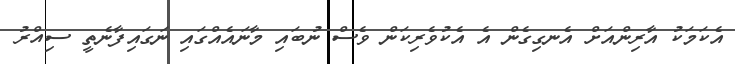
އެކަމަކު އާރިންއަށް އެނގިގެން އެ އެކުވެރިކަން ވެސް ނުބައި މާނައެއްގައި ނަގައިފާނެތީ ސިއްރު